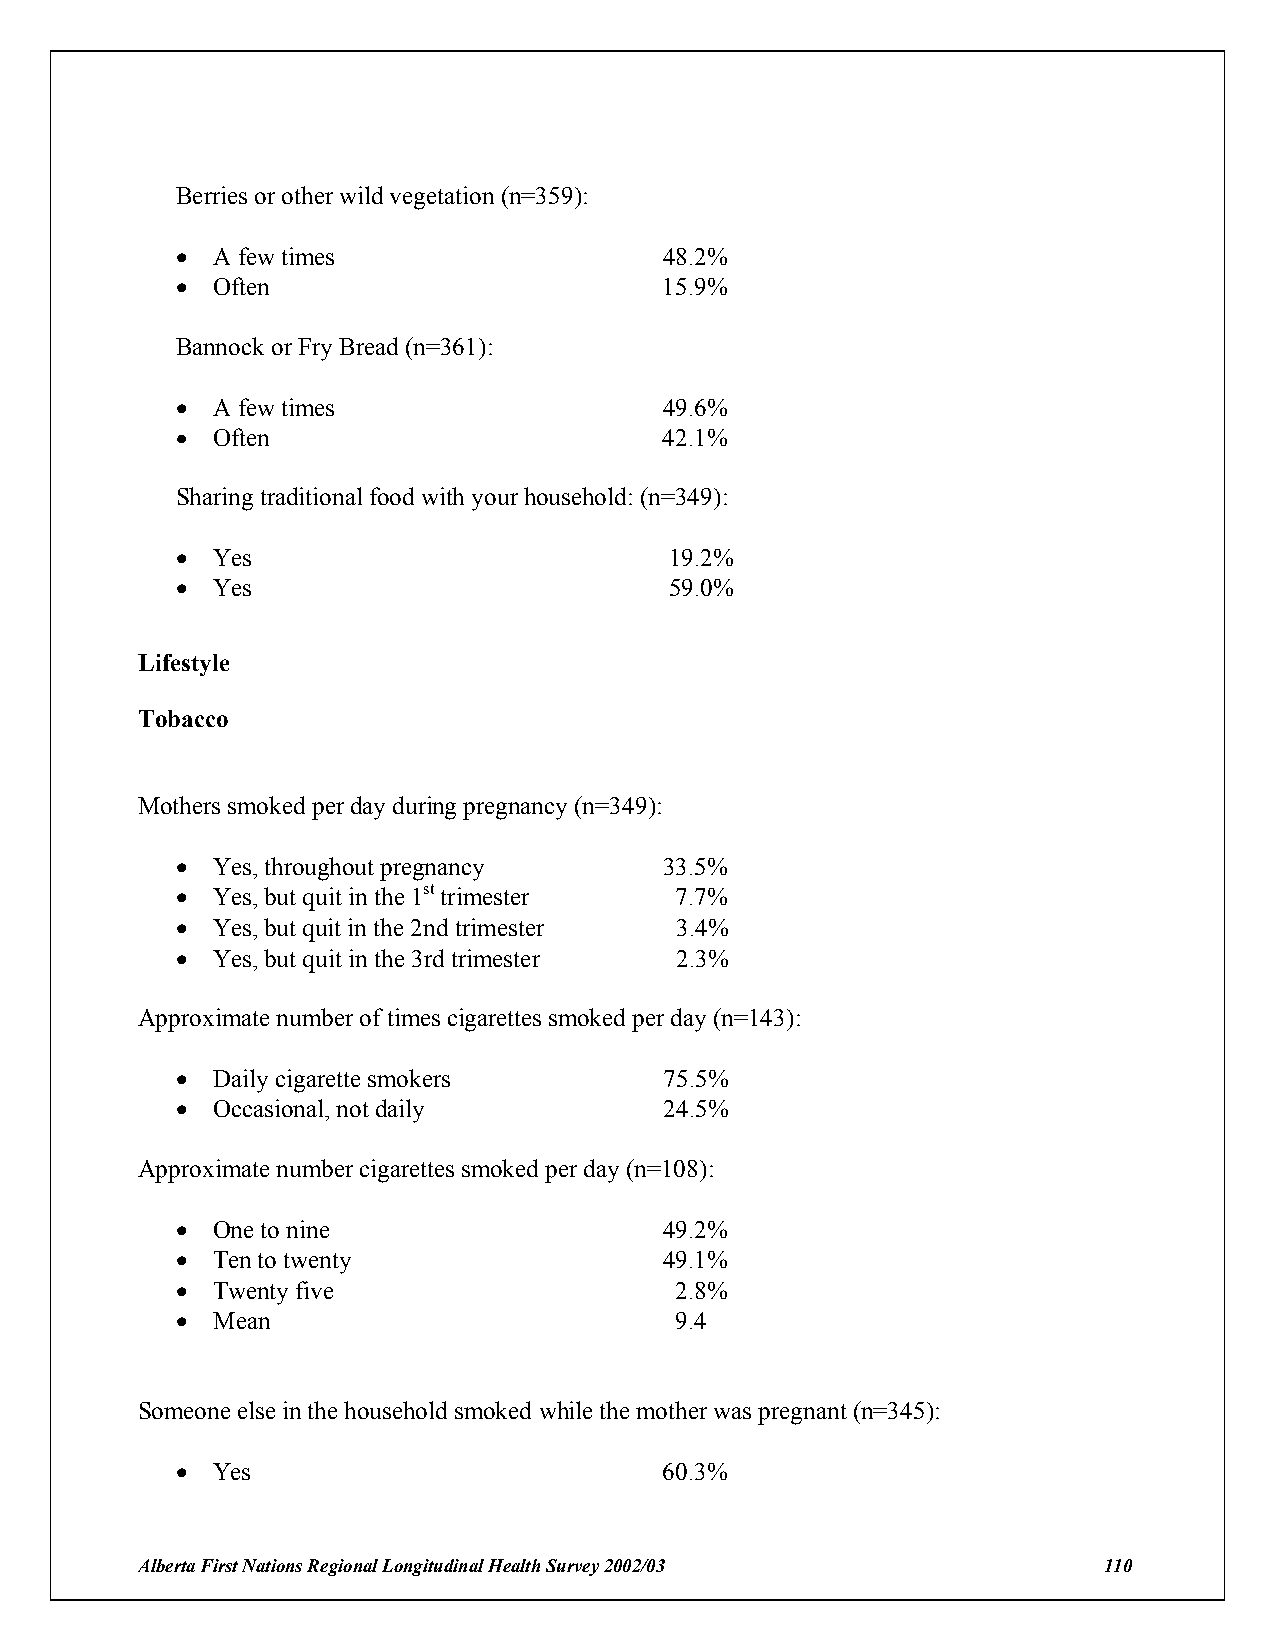
Berries or other wild vegetation (n=359):
 ! A few times                   48.2%
 ! Often                         15.9%
 Bannock or Fry Bread (n=361):
 ! A few times                   49.6%
 ! Often                         42.1%
 Sharing traditional food with your household: (n=349):
 ! Yes                           19.2%
 ! Yes                           59.0%
 Lifestyle
 Tobacco
 Mothers smoked per day during pregnancy (n=349):
 ! Yes, throughout pregnancy     33.5%
 ! Yes, but quit in the 1st trimester 7.7%
 ! Yes, but quit in the 2nd trimester 3.4%
 ! Yes, but quit in the 3rd trimester 2.3%
 Approximate number of times cigarettes smoked per day (n=143):
 ! Daily cigarette smokers       75.5%
 ! Occasional, not daily         24.5%
 Approximate number cigarettes smoked per day (n=108):
 ! One to nine                   49.2%
 ! Ten to twenty                 49.1%
 ! Twenty five                    2.8%
 ! Mean                           9.4
 Someone else in the household smoked while the mother was pregnant (n=345):
 ! Yes                           60.3%
 Alberta First Nations Regional Longitudinal Health Survey 2002/03 110